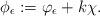
LaTeX: \begin{align*}\phi_{\epsilon}:=\varphi_{\epsilon}+k\chi.\end{align*}